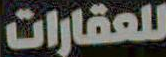
للعقارات